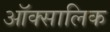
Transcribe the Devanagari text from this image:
ऑक्सालिक